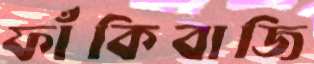
ফাঁকিবাজি